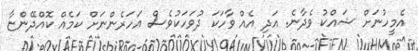
އެމީހުނަށް ޝައްކު ވެދާނެ. އަދި އެއް ވާހަކަ ދުވަހަކުވެސް އަހަރެންނަށް ކަމެއް ކޮއްދޭންޏާ